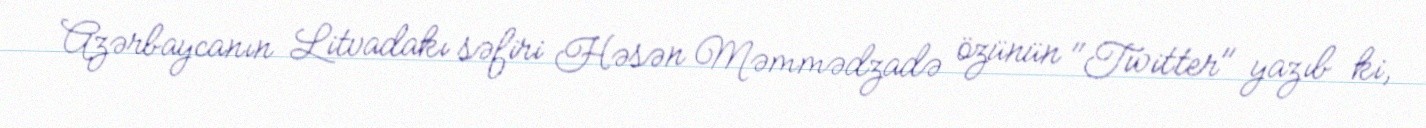
Azərbaycanın Litvadakı səfiri Həsən Məmmədzadə özünün "Twitter" yazıb ki,